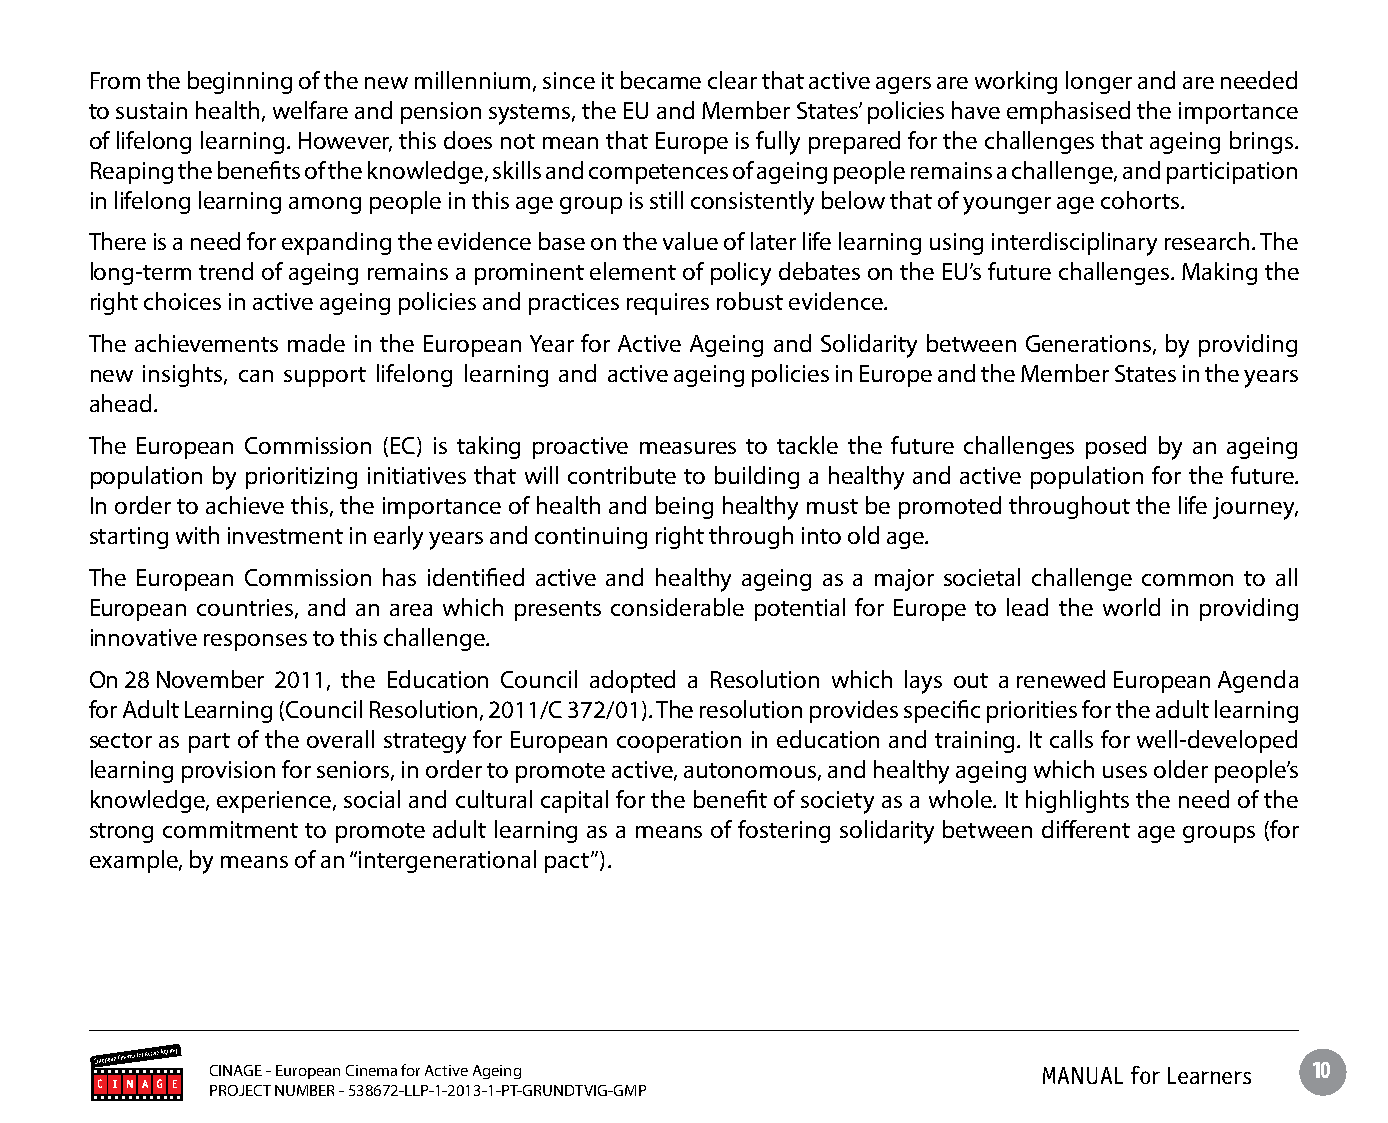
From the beginning of the new millennium, since it became clear that active agers are working longer and are needed
 to sustain health, welfare and pension systems, the EU and Member States’ policies have emphasised the importance
 of lifelong learning. However, this does not mean that Europe is fully prepared for the challenges that ageing brings.
 Reaping the benefits of the knowledge, skills and competences of ageing people remains a challenge, and participation
 in lifelong learning among people in this age group is still consistently below that of younger age cohorts.
 There is a need for expanding the evidence base on the value of later life learning using interdisciplinary research. The
 long-term trend of ageing remains a prominent element of policy debates on the EU’s future challenges. Making the
 right choices in active ageing policies and practices requires robust evidence.
 The achievements made in the European Year for Active Ageing and Solidarity between Generations, by providing
 new insights, can support lifelong learning and active ageing policies in Europe and the Member States in the years
 ahead.
 The European Commission (EC) is taking proactive measures to tackle the future challenges posed by an ageing
 population by prioritizing initiatives that will contribute to building a healthy and active population for the future.
 In order to achieve this, the importance of health and being healthy must be promoted throughout the life journey,
 starting with investment in early years and continuing right through into old age.
 The European Commission has identified active and healthy ageing as a major societal challenge common to all
 European countries, and an area which presents considerable potential for Europe to lead the world in providing
 innovative responses to this challenge.
 On 28 November 2011, the Education Council adopted a Resolution which lays out a renewed European Agenda
 for Adult Learning (Council Resolution, 2011/C 372/01). The resolution provides specific priorities for the adult learning
 sector as part of the overall strategy for European cooperation in education and training. It calls for well-developed
 learning provision for seniors, in order to promote active, autonomous, and healthy ageing which uses older people’s
 knowledge, experience, social and cultural capital for the benefit of society as a whole. It highlights the need of the
 strong commitment to promote adult learning as a means of fostering solidarity between different age groups (for
 example, by means of an “intergenerational pact”).
 CINAGE - European Cinema for Active Ageing             MANUAL for Learners 10
 PROJECT NUMBER - 538672-LLP-1-2013-1-PT-GRUNDTVIG-GMP